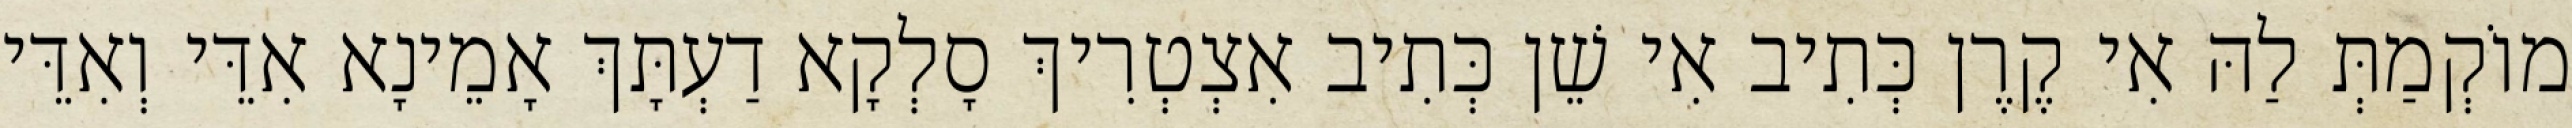
מוֹקְמַתְּ לַהּ אִי קֶרֶן כְּתִיב אִי שֵׁן כְּתִיב אִצְטְרִיךְ סָלְקָא דַעְתָּךְ אָמֵינָא אִדֵּי וְאִדֵּי